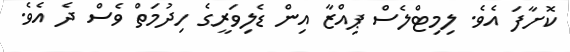
ކޮށާފަ އެވެ. ލިމިޓްލެސް ޕިއްޒާ އިން ޑެލިވަރީގެ ހިދުމަތް ވެސް ދެ އެވެ.